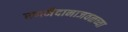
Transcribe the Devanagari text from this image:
रणमैदानाजवळच्या